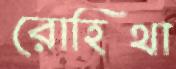
রোহিথা